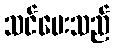
သင်ပေးသည်